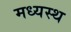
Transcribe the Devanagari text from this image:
मध्‍यस्‍थ